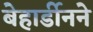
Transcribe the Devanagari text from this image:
बेहार्डीनने